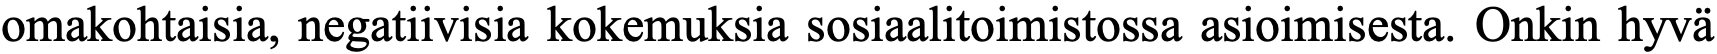
omakohtaisia, negatiivisia kokemuksia sosiaalitoimistossa asioimisesta. Onkin hyvä